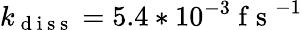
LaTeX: k_{\mathrm{~d~i~s~s~}}=5.4*10^{-3}\mathrm{~f~s~}^{-1}